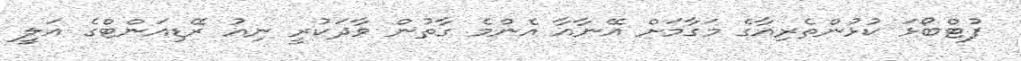
ފުޓްބޯޅަ ކުޅުންތެރިއާގެ މަގާމަށް އޭނާއާ އެންމެ ގާތުން ވާދަކުރީ ނިއު ރޭޑިއަންޓްގެ އަލީ